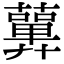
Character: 𧂳